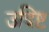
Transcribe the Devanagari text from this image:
उदिष्ट